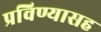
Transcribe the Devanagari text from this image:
प्रविण्यासह